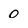
Character: o